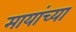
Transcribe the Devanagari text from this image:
मायांच्या